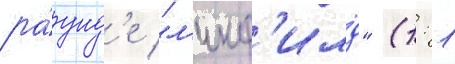
ра́унд'е "л'инф'илд" (1: 1